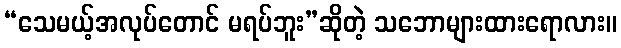
“သေမယ့်အလုပ်တောင် မရပ်ဘူး”ဆိုတဲ့ သဘောများထားရောလား။